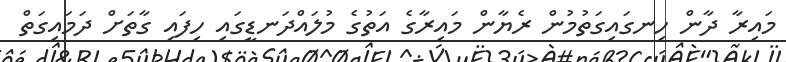
މައިރާ ދާން ހިނގައިގަތުމުން ރެޔާން މައިރާގެ އަތުގެ މުލައްދަނޑީގައި ހިފައި ގާތަށް ދަމައިގަތް